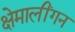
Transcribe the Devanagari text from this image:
क्षेमालींगन